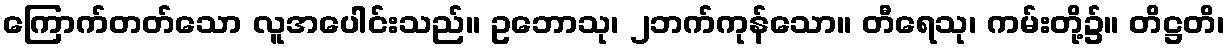
ကြောက်တတ်သော လူအပေါင်းသည်။ ဥဘောသု၊ ၂ဘက်ကုန်သော။ တီရေသု၊ ကမ်းတို့၌။ တိဋ္ဌတိ၊